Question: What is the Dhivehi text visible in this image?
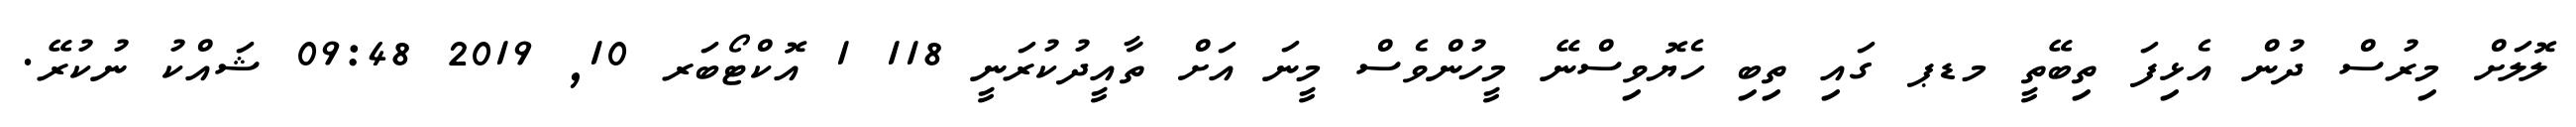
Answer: ލޮލަށް މިރުސް ދުން އެޅިފަ ތިބޭތީ މޑޕ ގައި ތިބި ހެޔޮވިސްނޭ މީހުންވެސް މީނަ އަށް ތާއީދުކުރަނީ 118 1 އޮކްޓޯބަރ 10, 2019 09:48 ޝައްކު ނުކުރޭ.